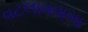
વટલાવવાના